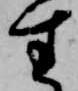
生